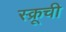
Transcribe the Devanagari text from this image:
स्क्रूची